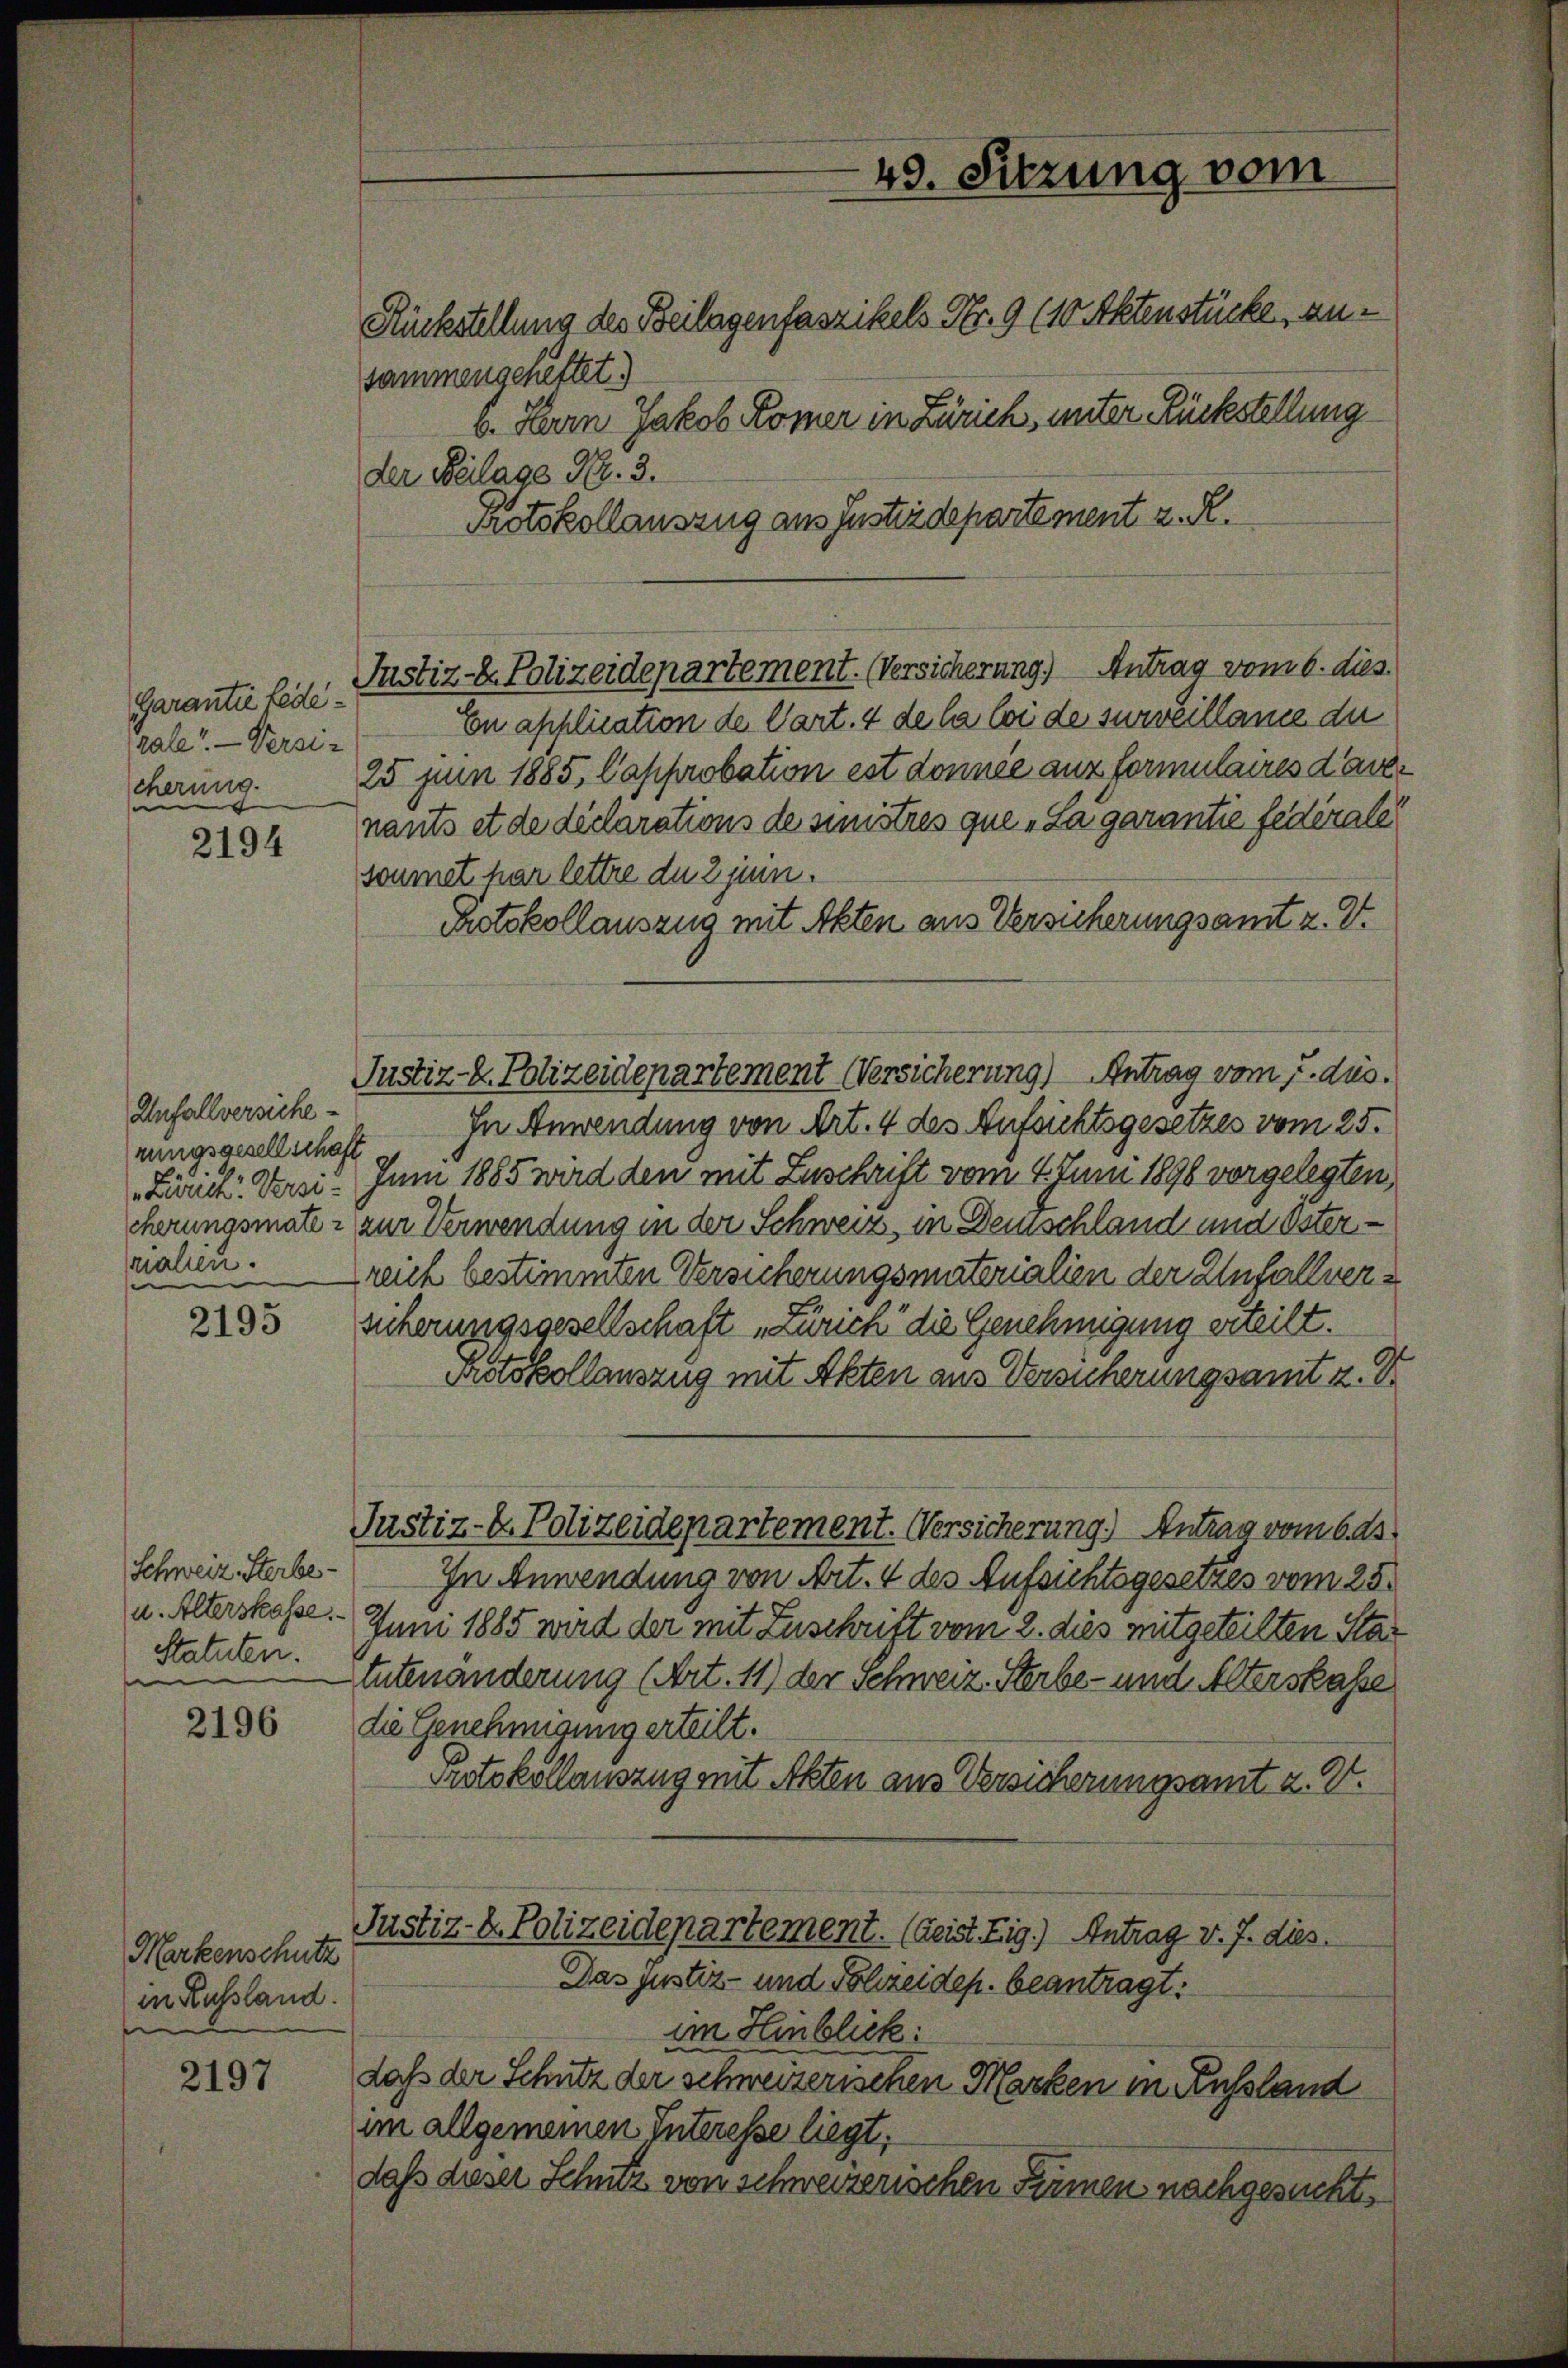
Garantie Lederale. — Versicherung.
e

2194

Anfallversiche
rungsgesellschaft
 Zürich. Versi
nahen.

2195

Schweiz. Sterbe¬
u. Alterskasse.
Statuten.

2196

Markenschutz
in Russland.

2197

sammengeheftet.
der Beilage Nr. 3.
Protokollauszug aus Justizdepartement z. R.

Justiz - Polizeidepartement. (Versicherung.) Antrag vom 6. dies

En application de Cart. 4 de la loi de surveillame die
25 Juni 1885, Capprobation est donnée aus formulaires dave
nants et de déclarations de sinistres que „La garantie federale
soumet har lettre du 2 jein.
Protokollauszug mit Akten aus Versicherungsamt z. B.
Justiz-E. Polizeidepartement Versicherung) Antrag vom 7. dus.
In Anwendung von Art. 4 des Aufsichtsgesetzes vom 25.
Juni 1885 wird den mit Zuschrift vom 4. Juni 1890 vorgelegten,
cherungsmater zur Verwendung in der Schweiz, in Deuschland und Österreich bestimmten Versicherungsmaterialien der Unfallversicherungsgesellschaft „Zürich die Genehmigung erteilt.
Protokollauszug mit Akten aus Versicherungsamt z. B
Justiz- & Polizeidepartement. Versicherung.) Antrag vom 6. ds.
In Anwendung von Art. 4 des Aufsichtsgesetzes vom 25.
Juni 1885 wird der mit Zuschrift vom 2. dies mitgeteilten Statutenänderung (Art. 11) der Schweiz. Sterbe- und Alterskasse
die Genehmigung erteilt.
Protokollauszug mit Akten aus Versicherungsamt z. V.
Justiz- & Polizeidepartement. (Geist. Eig.) Antrag v. J. dies
Das justiz- und Polizeidep. beantragt:
im Hinblick:
daß der Schutz der schweizerischen Marken in Aussland
im allgemeinen Interesse liegt,
daß dieser Schutz von schweizerischen Firmen nachgesucht,

49. Sitzung vom
Rückstellung des Beilagenfaszikels Nr. 9 (10 Aktenstücke, anb. Harn Jakob Römer in Zürich, unter Rückstellung